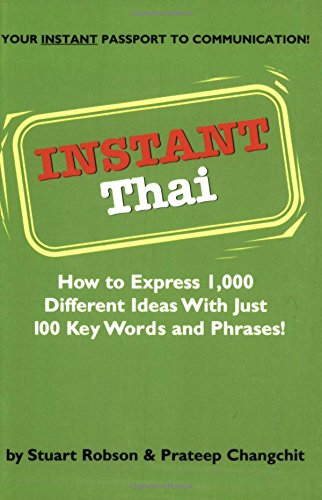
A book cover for Instant Thai: How to Express 1,000 Different Ideas with Just 100 Key Words and Phrases! (Thai Phrasebook) (Instant Phrasebook Series); Stuart Robson Dr.; Travel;